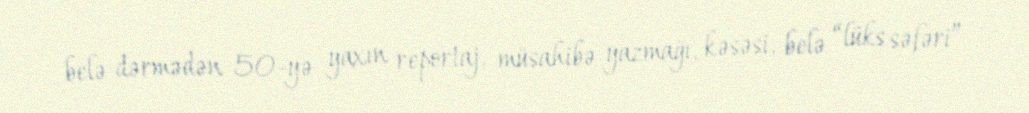
belə dərmədən 50-yə yaxın reportaj, müsahibə yazmağı, kəsəsi, belə “lüks səfəri”